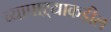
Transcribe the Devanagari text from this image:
व्यापाऱ्याकडील